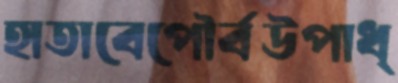
হাতাবেপৌর্বউপাধ্